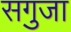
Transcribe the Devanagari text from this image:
सगुजा